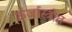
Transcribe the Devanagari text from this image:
ऊर्जास्त्रोत